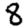
Digit: 8